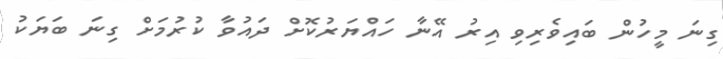
ގިނަ މީހުން ބައިވެރިވި އިރު އޭނާ ހައްޔަރުކޮށް ދައުވާ ކުރުމަށް ގިނަ ބަޔަކު